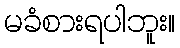
မခံစားရပါဘူး။